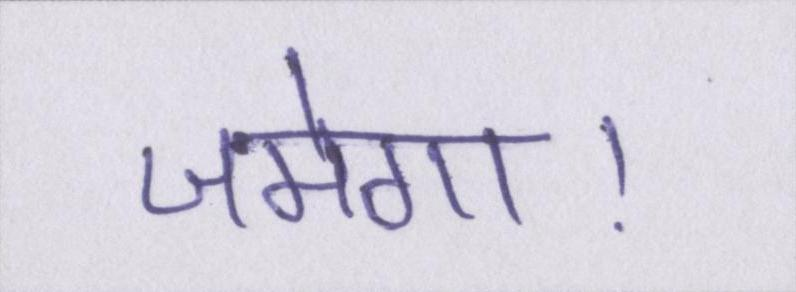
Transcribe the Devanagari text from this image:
जमेगा।